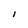
Character: I